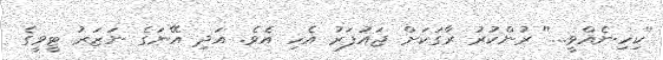
''ކިހިނެއްވީ...'' ރުންކުރު ރާގަކަށް ޖައުފަރު އެހި އެވެ. އަދި އޭނަގެ ނަޒަރު ޓީވީގެ